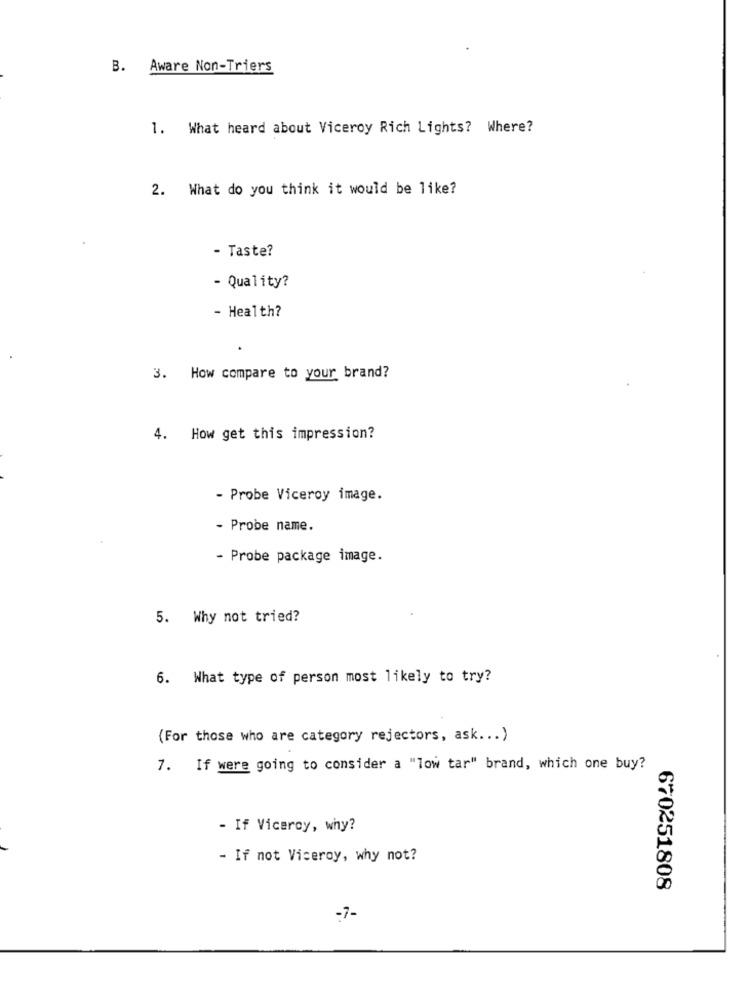
B. Aware Non-Triers
1. What heard about Viceroy Rich Lights? Where?
2. What do you think it would be like?
- Taste?
- Quality?
- Health?
3. How compare to your brand?
4. How get this impression?
- Probe Viceroy image.
- Probe name.
- Probe package image.
5. Why not tried?
6. What type of person most likely to try?
(For those who are category rejectors, ask ... )
7. If were going to consider a "low tar" brand, which one buy?
- If Viceroy, why?
- If not Viceroy, why not?
670251808
-7-